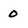
Character: 0